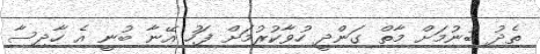
ތެދު ބުނުމަށް މާތް ގަންދީ ހުވާކުރުމަށް ފަހު އޭނާ ބުނީ އެ ހާދިސާ